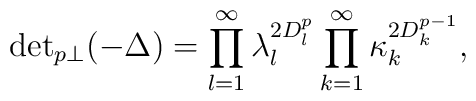
{\det}_{p\perp} (-\Delta )=\prod_{l=1}^\infty \lambda^{2D_l^p}_l\prod_{k=1}^\infty \kappa^{2D_k^{p-1}}_k,